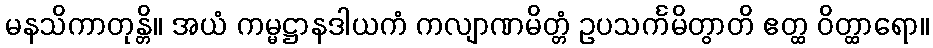
မနသိကာတုန္တိ။ အယံ ကမ္မဋ္ဌာနဒါယကံ ကလျာဏမိတ္တံ ဥပသင်္ကမိတွာတိ ဧတ္ထ ဝိတ္ထာရော။